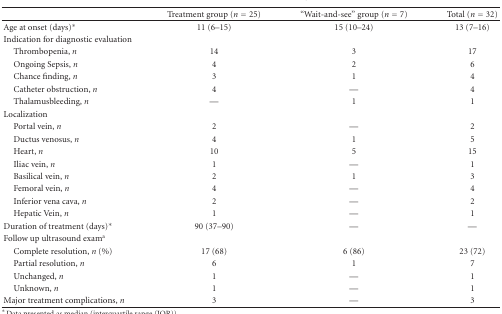
<table><thead><tr><td></td><td><b>Treatment group (<i>n</i> = 25)</b></td><td><b>“Wait-and-see” group (<i>n</i> = 7)</b></td><td><b>Total (<i>n</i> = 32)</b></td></tr></thead><tbody><tr><td>Age at onset (days)*</td><td>11 (6–15)</td><td>15 (10–24)</td><td>13 (7–16)</td></tr><tr><td>Indication for diagnostic evaluation</td><td></td><td></td><td></td></tr><tr><td> Thrombopenia, <i>n </i></td><td>14</td><td>3</td><td>17</td></tr><tr><td> Ongoing Sepsis, <i>n </i></td><td>4</td><td>2</td><td>6</td></tr><tr><td> Chance finding, <i>n </i></td><td>3</td><td>1</td><td>4</td></tr><tr><td> Catheter obstruction, <i>n </i></td><td>4</td><td>—</td><td>4</td></tr><tr><td> Thalamusbleeding, <i>n </i></td><td>—</td><td>1</td><td>1</td></tr><tr><td>Localization</td><td></td><td></td><td></td></tr><tr><td> Portal vein, <i>n </i></td><td>2</td><td>—</td><td>2</td></tr><tr><td> Ductus venosus, <i>n </i></td><td>4</td><td>1</td><td>5</td></tr><tr><td> Heart, <i>n </i></td><td>10</td><td>5</td><td>15</td></tr><tr><td> Iliac vein, <i>n </i></td><td>1</td><td>—</td><td>1</td></tr><tr><td> Basilical vein, <i>n </i></td><td>2</td><td>1</td><td>3</td></tr><tr><td> Femoral vein, <i>n </i></td><td>4</td><td>—</td><td>4</td></tr><tr><td> Inferior vena cava, <i>n </i></td><td>2</td><td>—</td><td>2</td></tr><tr><td> Hepatic Vein, <i>n </i></td><td>1</td><td>—</td><td>1</td></tr><tr><td>Duration of treatment (days)*</td><td>90 (37–90)</td><td>—</td><td>—</td></tr><tr><td>Follow up ultrasound exam<sup>a</sup></td><td></td><td></td><td></td></tr><tr><td> Complete resolution, <i>n</i> (%)</td><td>17 (68)</td><td>6 (86)</td><td>23 (72)</td></tr><tr><td> Partial resolution, <i>n </i></td><td>6</td><td>1</td><td>7</td></tr><tr><td> Unchanged, <i>n </i></td><td>1</td><td>—</td><td>1</td></tr><tr><td> Unknown, <i>n </i></td><td>1</td><td>—</td><td>1</td></tr><tr><td>Major treatment complications, <i>n </i></td><td>3</td><td>—</td><td>3</td></tr></tbody></table>